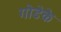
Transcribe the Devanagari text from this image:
गोडेके